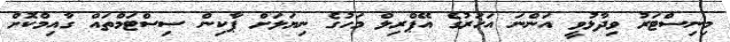
މިނިސްޓަރު ވިދާޅުވީ އަންނަ އަހަރުގެ އޭޕްރިލް މަހުގެ ނިޔަލަށް ޕާކިން ސިސްޓަމްތައް ގާއިމްކޮށް